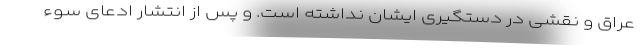
عراق و نقشی در دستگیری ایشان نداشته است. و پس از انتشار ادعای سوء